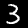
Digit: 3